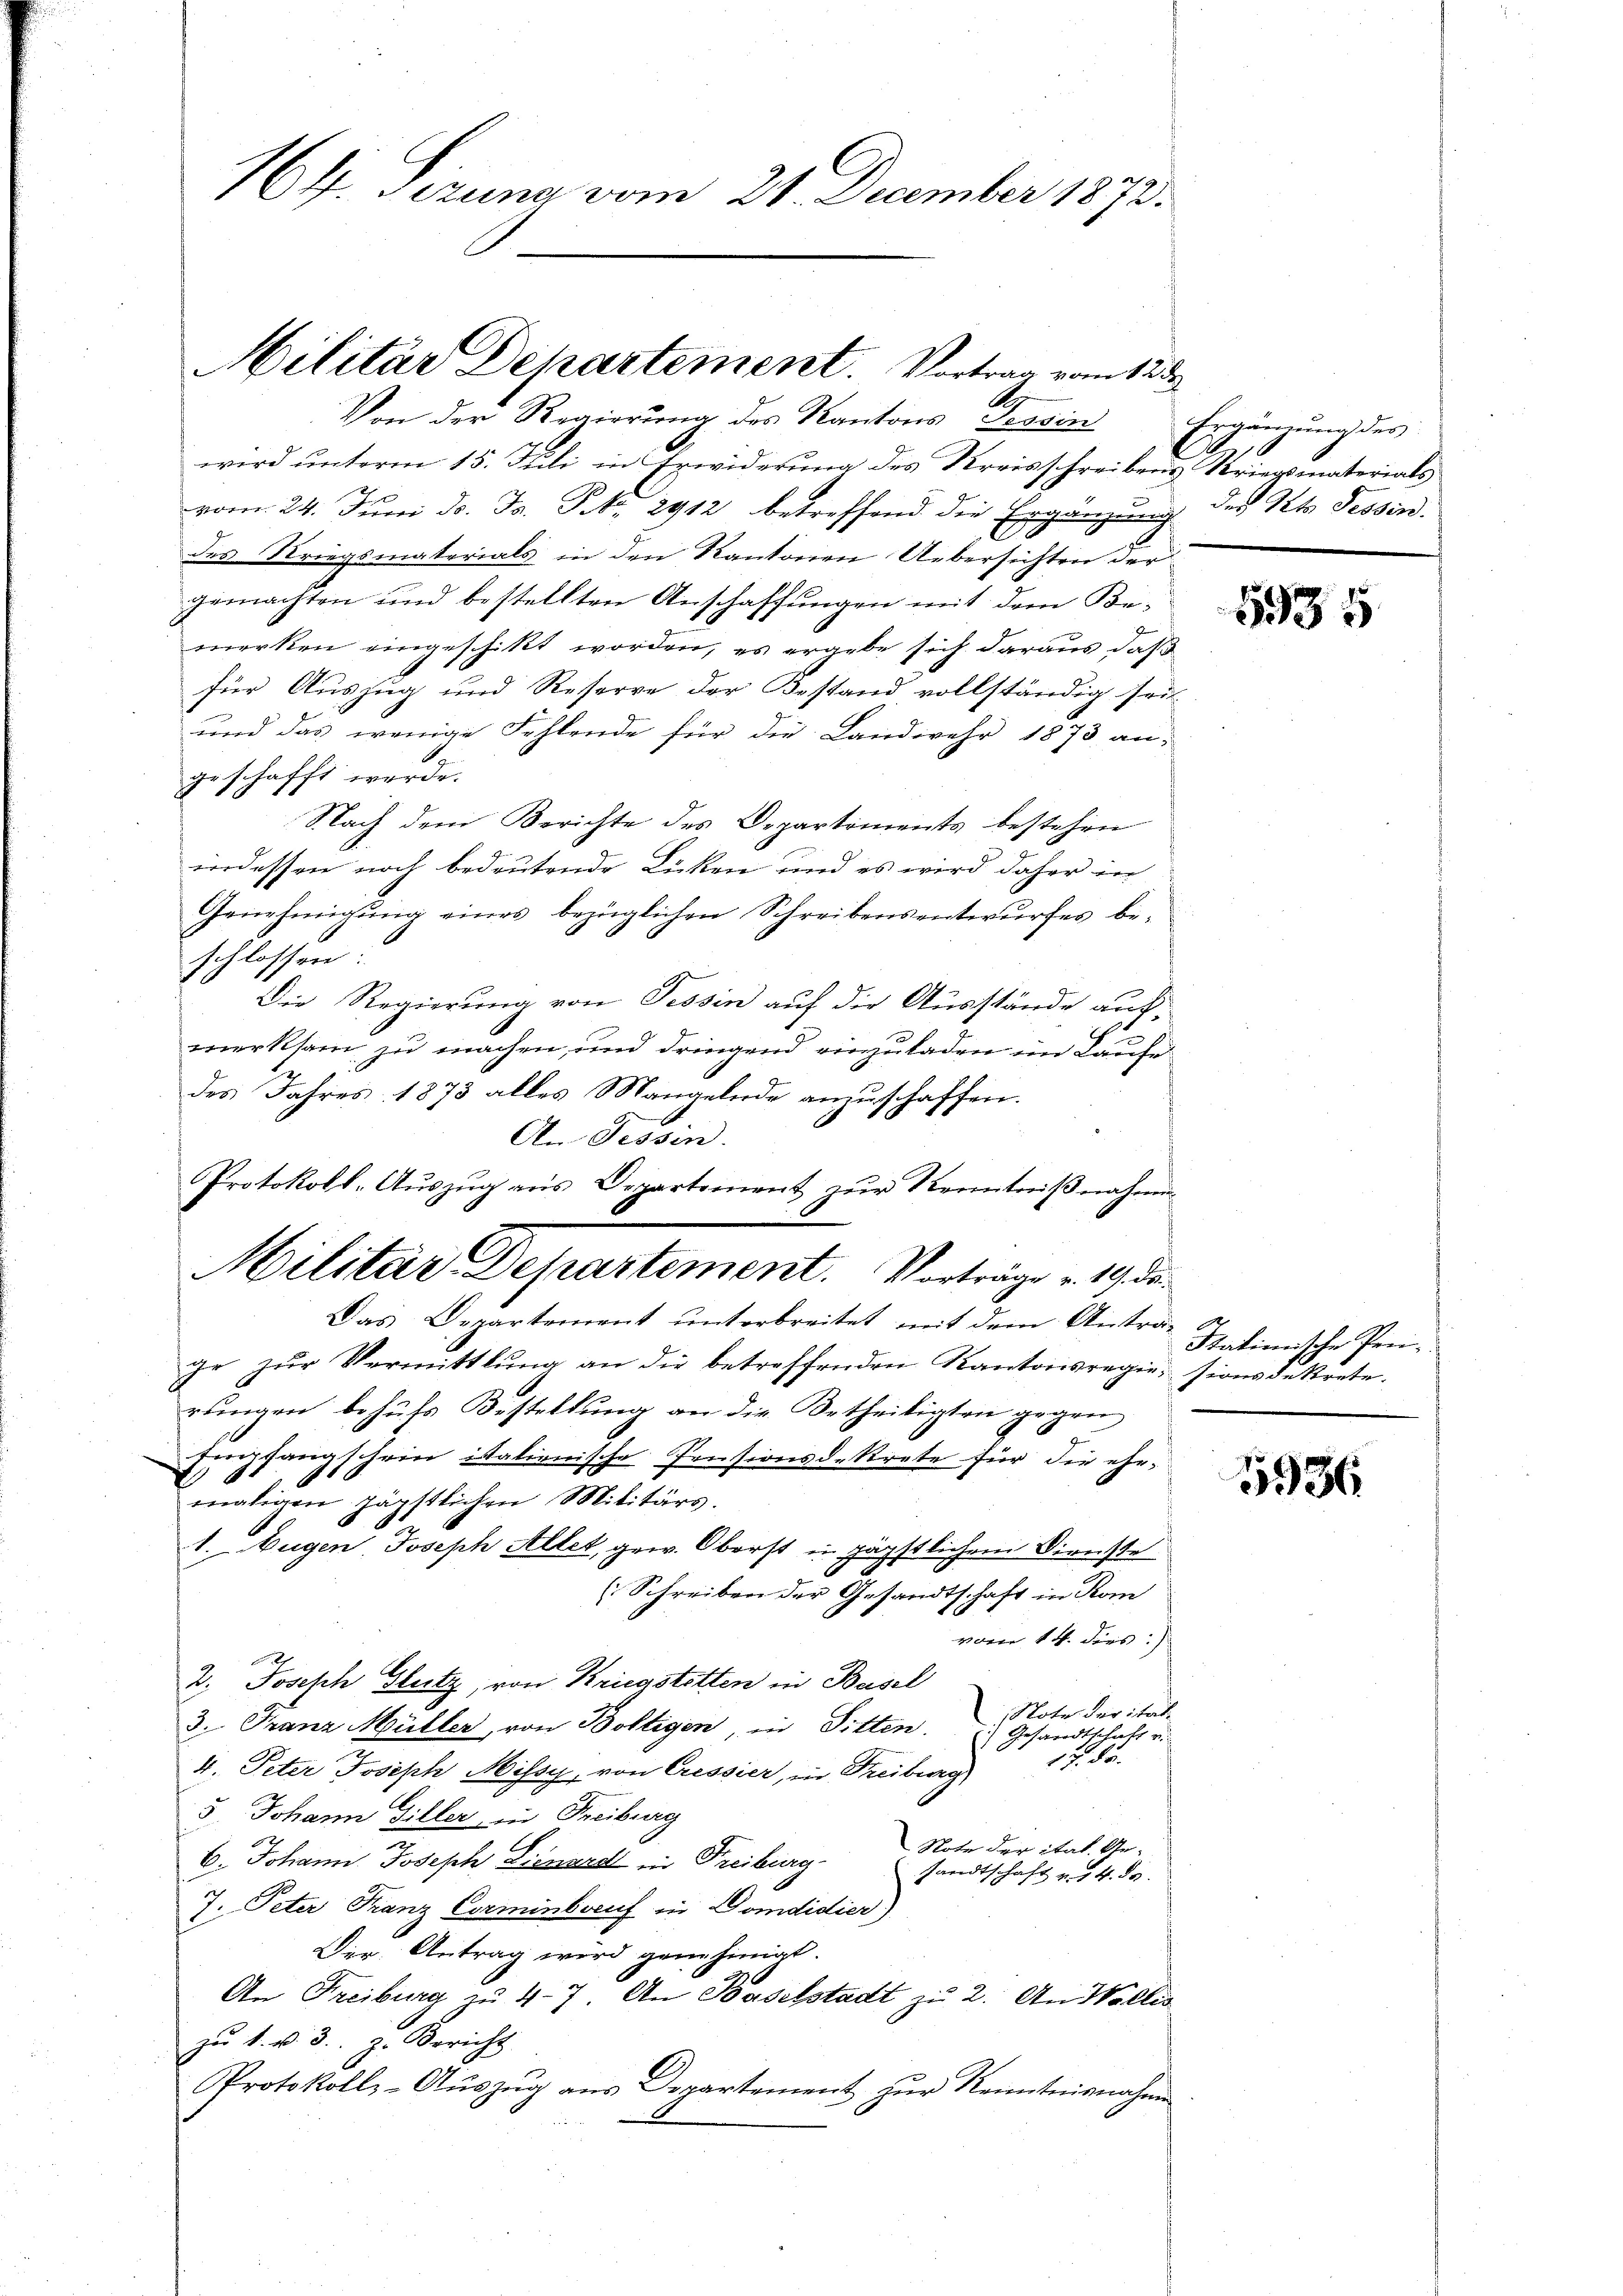
164. Seizuna vom 21. December 1872.

Militär Departement. Vortrag vom 12. d
A
Von der Regierung des Kantons Tessin

wird unterm 15. Juli in Erwiderung des Kreisschreibens Kriegsmaterials
vom 24. Juni d. J. P. 2912 betreffend die Ergänzung des Kts. Tessin
des Kriegsmaterials in den Kantonen Uebersichten der
gemachten und bestellten Anschaffungen mit dem Be-
merken eingeschikt worden, es ergebe sich daraus, daß
für Auszug und Reserve der Bestand vollständig seit
und das wenige Fehlende für die Landwehr 1873 an-
geschafft werde.
Nach dem Berichte des Departiments bestehen
indessen noch bedeutende Lücken und es wird daher in
Genehmigŭng eines bezüglichen Schreibensentwŭrfes be-
schlossen:
Die Regierung von Tessin auf die Ausstände auch,
merksam zu machen, und dringend einzuladen im Laufe
des Jahres 1873 alles Mangelnde anzuschaffen.
An Tessin.
ge zŭr Vermittlung an die betreffenden Kantonsregie sionsdekrete.
rungen behufs Bestellung an die Betheiligten gegen
uchfangschein italienische Pensionsdekrete für die ehe
maligen jägstlichen Militärs.
1. Augen, Joseph Altet, gew. Oberst in päpstlichem Dienste
(Schreiben der Gesandtschaft in Kom
vom 14. dies:)
2. Joseph Glutz, von Kriegstötten in Basel
Note der ital¬
3. Franz Müller, von Boltigen, in Sitten.
() Gesandtschaft u.
12. Fr.
4. Peter Joseph Missy, von Cressier, in Freiburg
5. Johann Giller in Freiburg
Note der itat. Ge¬
6. Johann Joseph Sienard in Freiburg.
sandtschaft u. 14. ds.
7. Peter Franz Corminberuf in Domdidier)
Der Antrag wird genehmigt.
An Freiburg zu 47. An Baselstadt zu 2. An Wallis
zu 4. v. 3. z. Bericht
Protokolls-Aŭszŭg aŭs Departement zŭr Kenntnisnahme

Protokoll-Auszug aus Departement zur Kenntnißnahmen
Militar Departement. Vorträge v. 19 de
Das Departement unterbreitet mit dem Anträ-

Ergänzung des

5935

Stationische Prei¬

1986